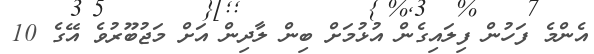
އެންމެ ފަހުން ފިލައިގެން އުޅުމަށް ބިން ލާދިން އަށް މަޖުބޫރުވެ އޭގެ 10